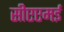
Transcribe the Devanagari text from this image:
सीएएमई